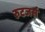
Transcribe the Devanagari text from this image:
रुटजर्स